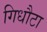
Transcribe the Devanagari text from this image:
गिधौटा